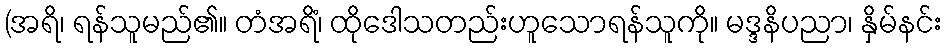
(အရိ၊ ရန်သူမည်၏။ တံအရိံ၊ ထိုဒေါသတည်းဟူသောရန်သူကို။ မဒ္ဒနိပညာ၊ နှိမ်နင်း